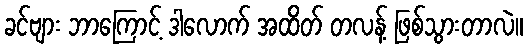
ခင်ဗျား ဘာကြောင့် ဒါလောက် အထိတ် တလန့် ဖြစ်သွားတာလဲ။